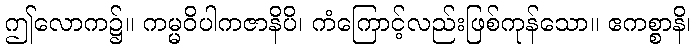
ဤလောက၌။ ကမ္မဝိပါကဇာနိပိ၊ ကံကြောင့်လည်းဖြစ်ကုန်သော။ ဧကစ္စာနိ၊